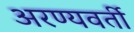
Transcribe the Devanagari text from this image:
अरण्यवर्ती